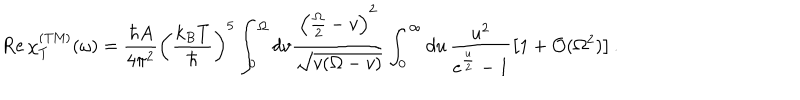
\mathrm { R e } \, \chi _ { T } ^ { \mathrm { ( T M ) } } ( \omega ) = \frac { \hbar A } { 4 \pi ^ { 2 } } \left( \frac { k _ { B } T } { \hbar } \right) ^ { 5 } \int _ { 0 } ^ { \Omega } d v \frac { \left( \frac { \Omega } { 2 } - v \right) ^ { 2 } } { \sqrt { v ( \Omega - v ) } } \int _ { 0 } ^ { \infty } d u \, \frac { u ^ { 2 } } { e ^ { \frac { u } { 2 } } - 1 } \left[ 1 + { \cal O } ( \Omega ^ { 2 } ) \right] .